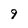
Character: 9